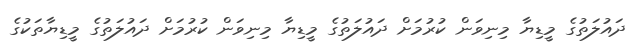
ދައުލަތުގެ މީޑިޔާ މިނިވަން ކުރުމަށް ދައުލަތުގެ މީޑިޔާ މިނިވަން ކުރުމަށް ދައުލަތުގެ މީޑިޔާތަކުގެ